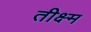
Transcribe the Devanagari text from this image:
तीक्ष्म